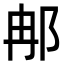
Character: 𨚗